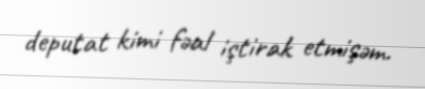
deputat kimi fəal iştirak etmişəm.